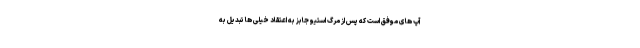
آپ های موفق است که پس از مرگ استیو جابز به اعتقاد خیلی ها تبدیل به